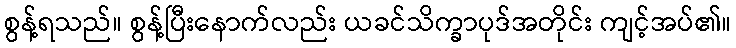
စွန့်ရသည်။ စွန့်ပြီးနောက်လည်း ယခင်သိက္ခာပုဒ်အတိုင်း ကျင့်အပ်၏။